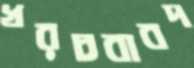
খরচবাবদ